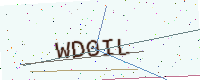
Text: WD0IL